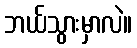
ဘယ်သွားမှာလဲ။